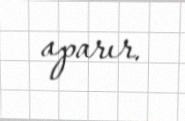
aparır.